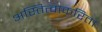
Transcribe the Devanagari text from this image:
अस्तित्वाकरिता